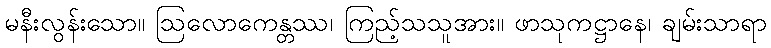
မနီးလွန်းသော။ ဩလောကေန္တဿ၊ ကြည့်သသူအား။ ဖာသုကဋ္ဌာနေ၊ ချမ်းသာရာ